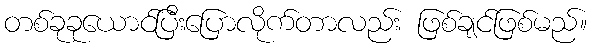
တစ်ခုခုယောင်ပြီးပြောလိုက်တာလည်း ဖြစ်ချင်ဖြစ်မည်။